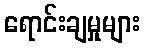
ရောင်းချမှုများ